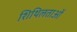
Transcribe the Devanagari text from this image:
शिथिलताओं